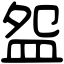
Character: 盌